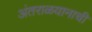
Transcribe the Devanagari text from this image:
अंतराळयानाची